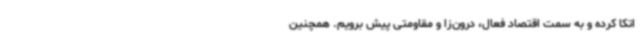
اتکا کرده و به سمت اقتصاد فعال، درون‌زا و مقاومتی پیش برویم. همچنین